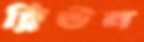
ট্রিউন